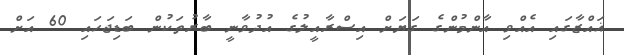
ޣައްޒާގައި އެއްވި އާންމުންގެ ގަޔަށް އިސްރާއީލުގެ އުދުވާނީ ބާރުތަކުން ބަޑިޖަހައި 60 އަށް